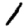
Digit: 1